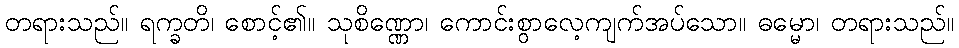
တရားသည်။ ရက္ခတိ၊ စောင့်၏။ သုစိဏ္ဏော၊ ကောင်းစွာလေ့ကျက်အပ်သော။ ဓမ္မော၊ တရားသည်။